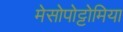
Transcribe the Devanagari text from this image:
मेसोपोट्टोमिया